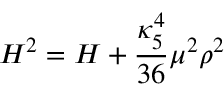
H ^ { 2 } = { \cal H } + \frac { \kappa _ { 5 } ^ { 4 } } { 3 6 } \mu ^ { 2 } \rho ^ { 2 }